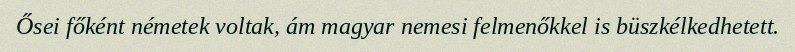
Ősei főként németek voltak, ám magyar nemesi felmenőkkel is büszkélkedhetett.